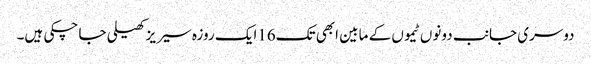
دوسری جانب دونوں ٹیموں کے مابین ابھی تک16ایک روزہ سیر یز کھیلی جا چکی ہیں۔